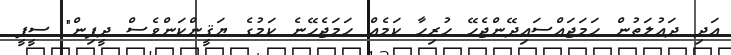
އަދި ދައުލަތުން ހަމަޖައްސައިދޭންޖެހޭ ހުރިހާ ކަމެއް ހަމަޖެހޭނެ ކަމުގެ ޔަޤީންކަންވެސް ދީފިން" ސީޕީ